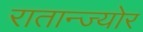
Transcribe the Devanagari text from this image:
रातान्ज्योर